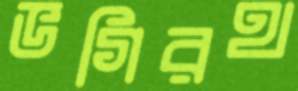
ভগিরথ